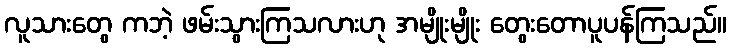
လူသားတွေ ကဘဲ့ ဖမ်းသွားကြသလားဟု အမျိုးမျိုး တွေးတောပူပန်ကြသည်။